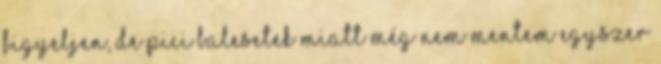
figyeljen, de pici balesetek miatt még nem mentem egyszer